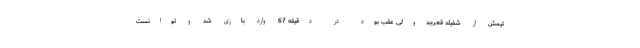
تیمش از شفیلد قعرجدولی عقب بود در دقیقه 67 وارد بازی شد و توانست